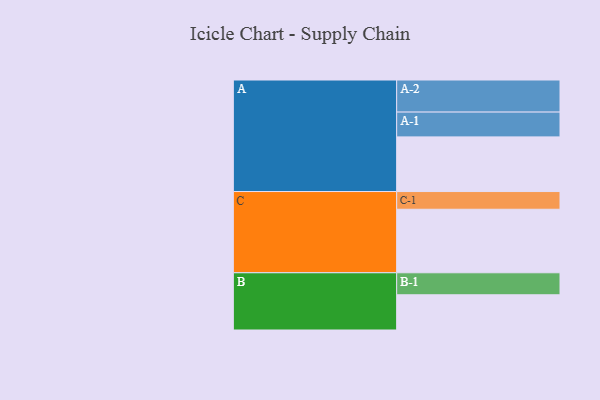
{"axis": {"x": "Segment", "y": "Value"}, "legend": ["", "A", "B", "C"], "data": [{"x": "A", "y": 487, "type": ""}, {"x": "B", "y": 314, "type": ""}, {"x": "C", "y": 566, "type": ""}, {"x": "A-1", "y": 221, "type": "A"}, {"x": "A-2", "y": 286, "type": "A"}, {"x": "B-1", "y": 196, "type": "B"}, {"x": "C-1", "y": 158, "type": "C"}]}